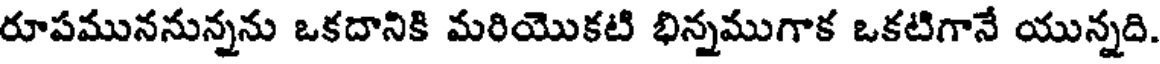
రూపముననున్నను ఒకదానికి మరియొకటి భిన్నముగాక ఒకటిగానే యున్నది.